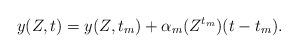
LaTeX: \begin{align*} y(Z,t)=y(Z,t_{m})+\alpha_{m}(Z^{t_{m}})(t-t_{m}). \end{align*}